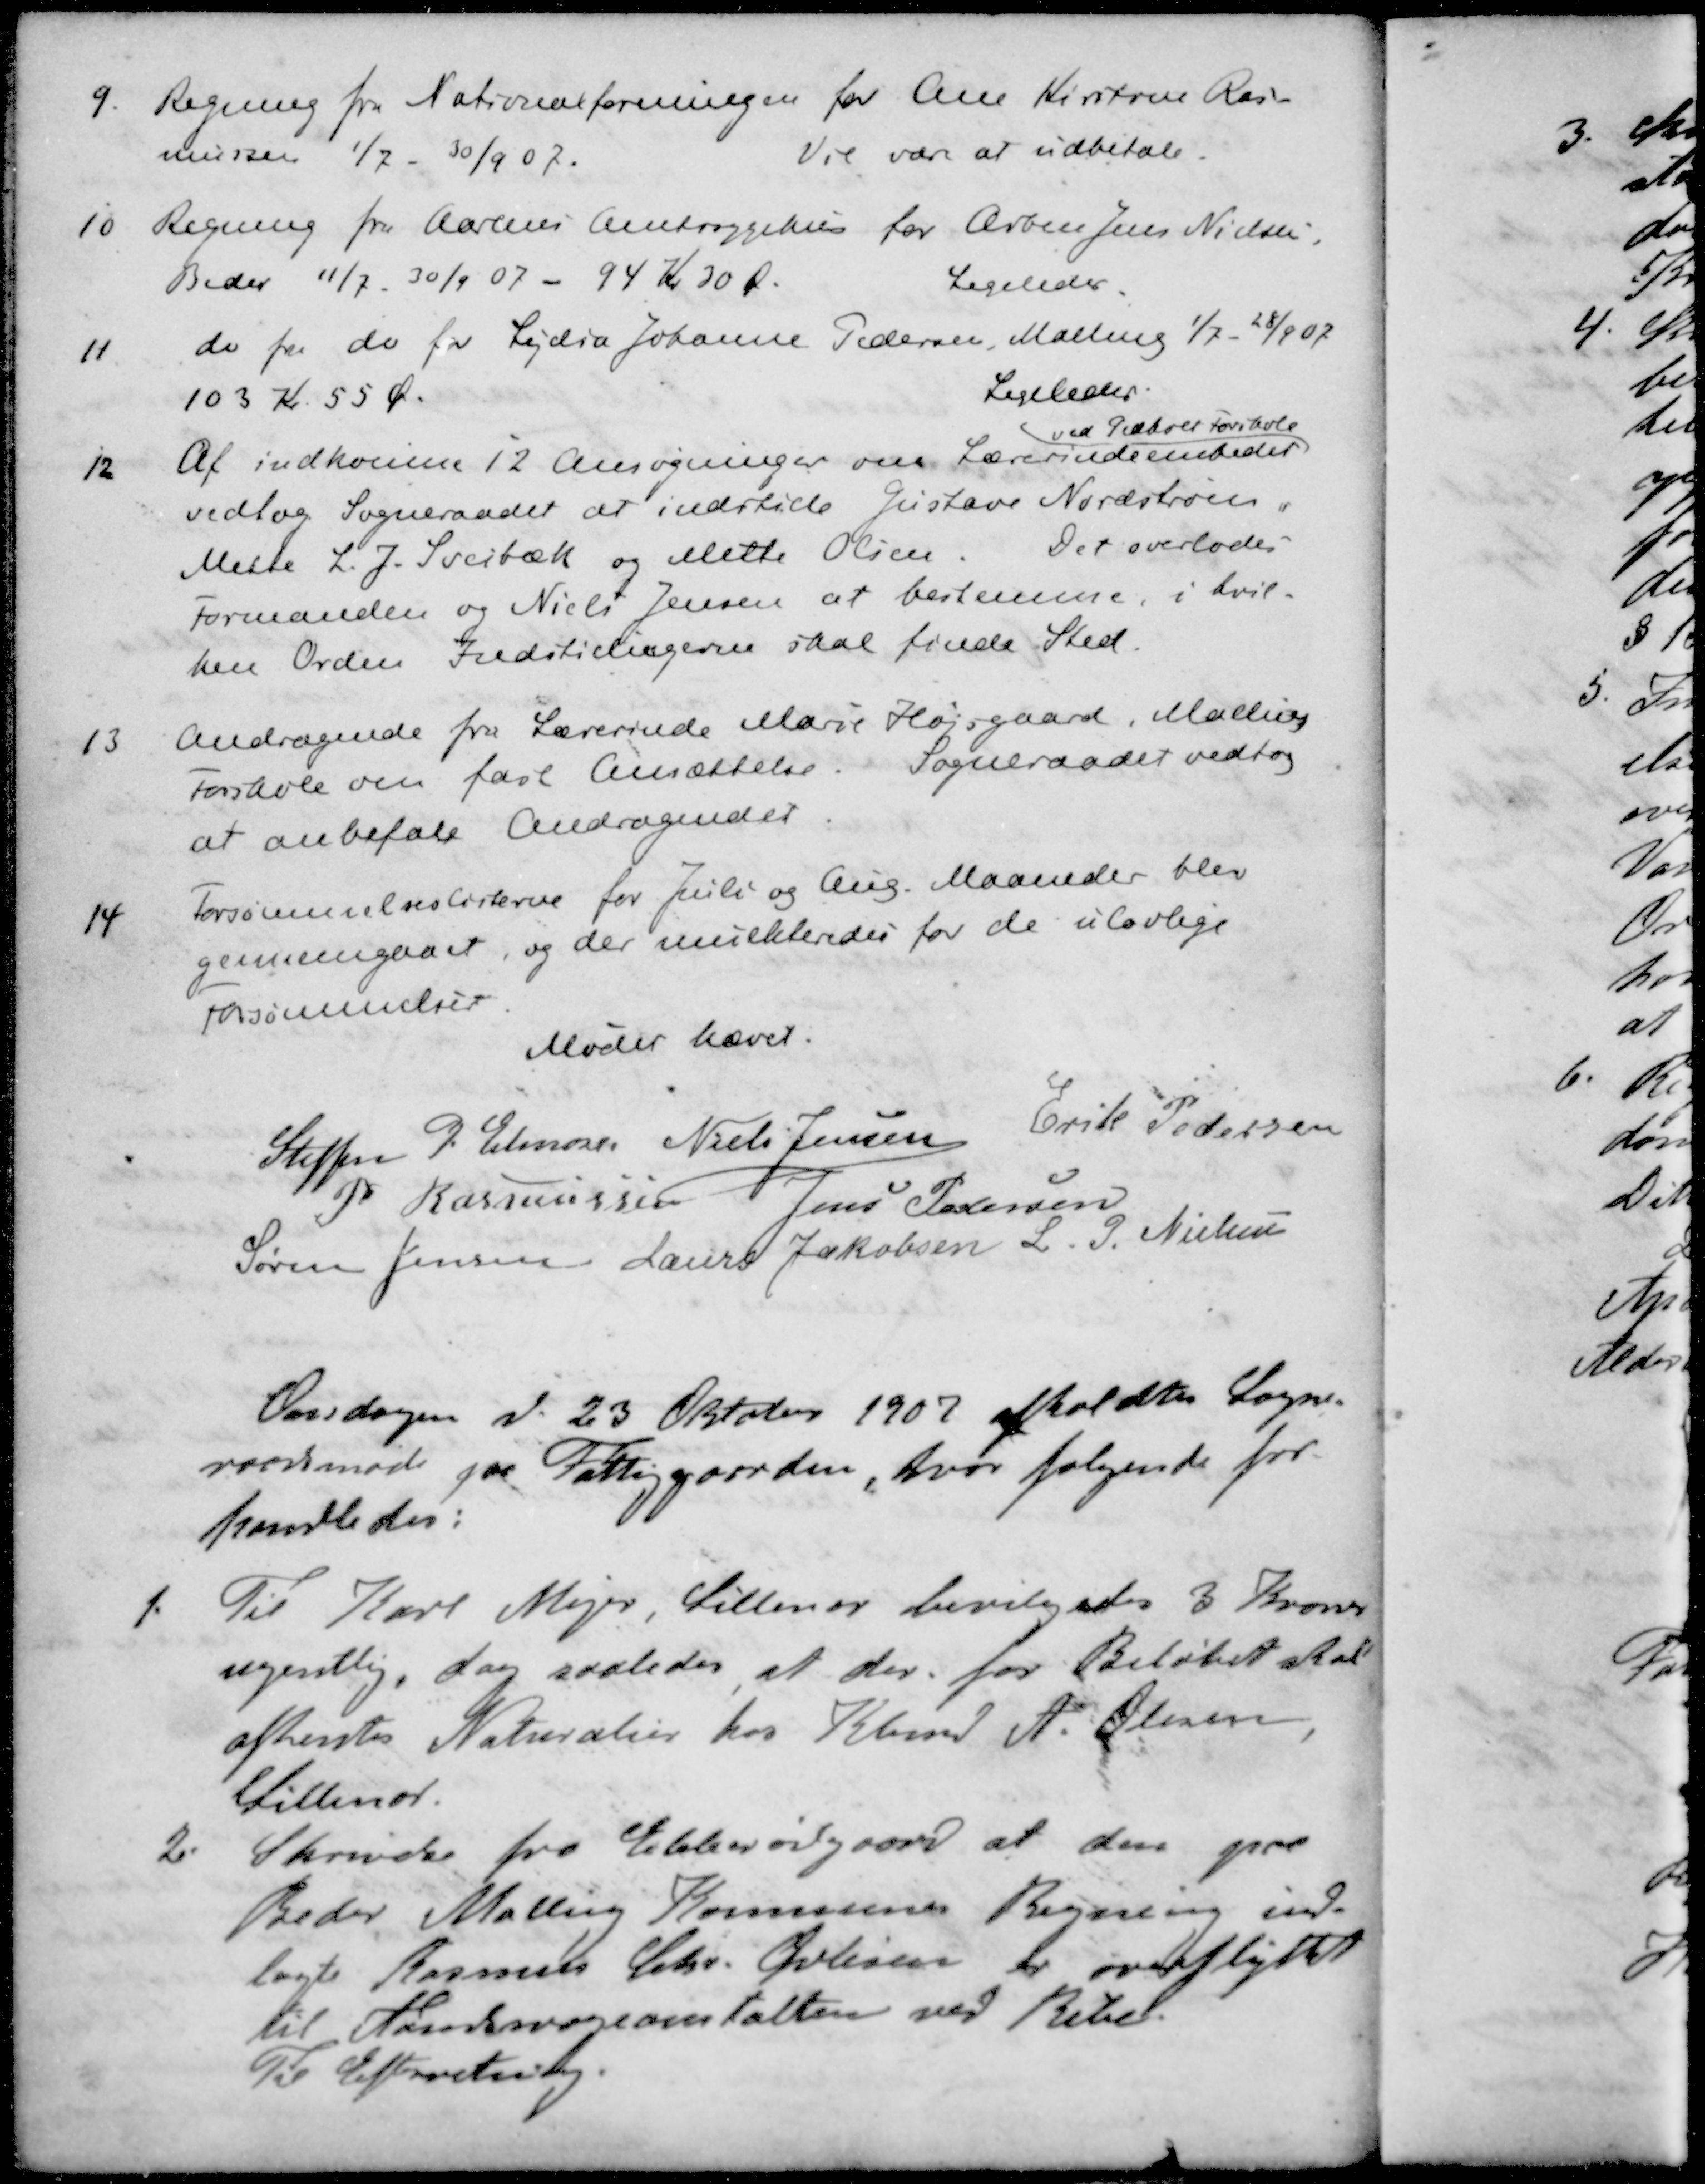
Transskription:
9. Regning fra Nationalforeningen for Ane Kirstine Ras-
mussen 1/7 - 30/9 07.
Vil være at udbetale.
10 Regning fra Aarhus Amtssygehus for Arbm Jens Nielsen,
Beder 11/7. - 30/9 07 - 94 Kr 30 Ø.
Ligeledes.
11 do fra do for Lydia Johanne Pedersen, Malling 1/7 - 28/9 07
103 Kr 55 Øre
Ligeledes.
ved Pedholt Forskole
12 Af indkomne 12 Ansøgninger om Lærerindeembedet
vedtog Sogneraadet at indstille Gustave Nordstrøm
Mette L. J. Sveibæk og Mette Olsen. Det overlodes
Formanden og Niels Jensen at bestemme, i hvil-
hen Orden Indstillingerne skal finde Sted.
13 Andragende fra Lærerinde Marie Højsgaard, Malling
Forskole om fast Ansættelse.
Sogneraadet vedtog
at anbefale Andragendet
14 Forsømmelseslisterne for Juli og Aug. Maaneder blev
gennemgaaet, og der mulkteredes for de ulovlige
forsømmelser
Mødet hævet.
Steffen P. Elmose
Niels Jensen
Erik Pedersen
P Rasmussen
Jens Pedersen
Søren Jensen
Laurs Jakobsen
L. P. Nielsen
Onsdagen d. 23 Oktober 1907 afholdtes Sogne-
raadsmøde paa Fattiggaarden, hvor følgende for-
handledes:
1. Til Karl Mejer, Lillenor bevilgedes 3 Kroner
ugentlig, dog saaledes, at der for Beløbet skal
afhentes Naturalier hos Kbmd. A. Olesen
Lillenor
2. Skrivelse fra Ebberødgaard at den paa
Peder Malling Kommunes Regning ind-
lagte Rasmus Chr. Øvlisen er overflyttet
til Aandsvageanstalten ved Ribe
Til Efterretning.